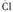
CI